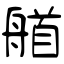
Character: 艏